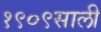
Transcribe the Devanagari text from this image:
१९०९साली